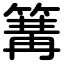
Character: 篝